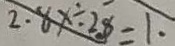
2 . 8 x \div 2 8 = 1 .